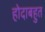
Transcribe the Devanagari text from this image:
होदाबहुत